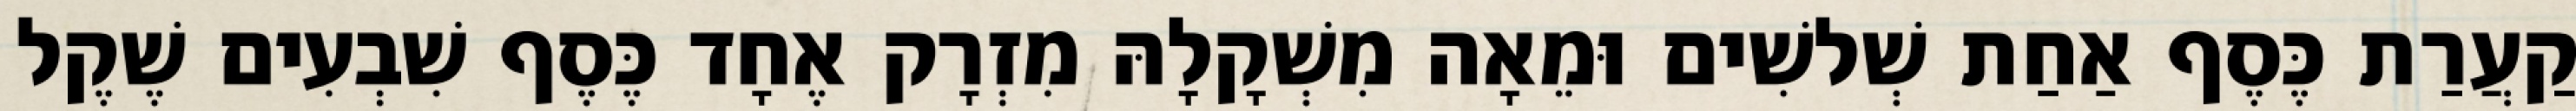
קַעֲרַת כֶּסֶף אַחַת שְׁלשִׁים וּמֵאָה מִשְׁקָלָהּ מִזְרָק אֶחָד כֶּסֶף שִׁבְעִים שֶׁקֶל